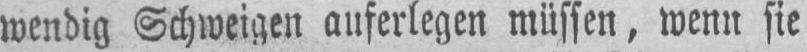
wendig Schweigen auferlegen müssen, wenn sie